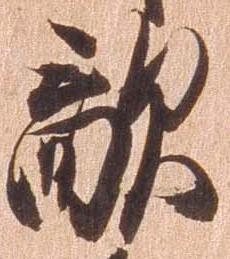
敵